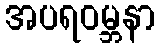
အပရဝမ္ဘနာ